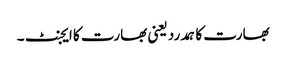
بھارت کا ہمدرد یعنی بھارت کا ایجنٹ ۔